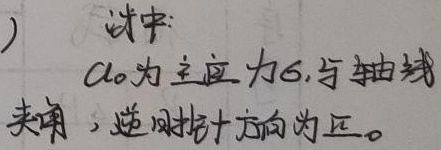
)式中：\(\alpha_{0}\) 为主应力\(\sigma_{1}\)与轴线夹角，逆时针方向为正。